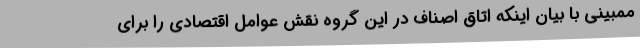
ممبینی با بیان اینکه اتاق اصناف در این گروه نقش عوامل اقتصادی را برای